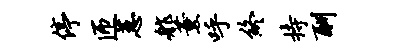
停匝蕙舴薰呼终持酬